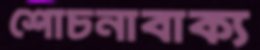
শোচনাবাক্য